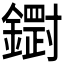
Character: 𮣒